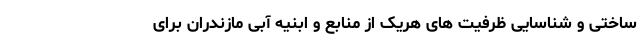
ساختی و شناسایی ظرفیت های هریک از منابع و ابنیه آبی مازندران برای